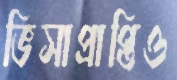
ভিসাপ্রাপ্তিও